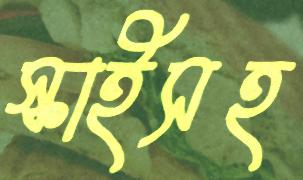
স্কাইসহ